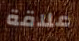
علاقة